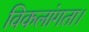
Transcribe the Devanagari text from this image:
विकलांगता।